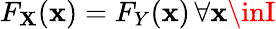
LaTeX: F_{\mathbf{X}}(\mathbf{x})=F_{Y}(\mathbf{x})\, \forall\mathbf{x}\inI